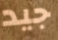
جيد